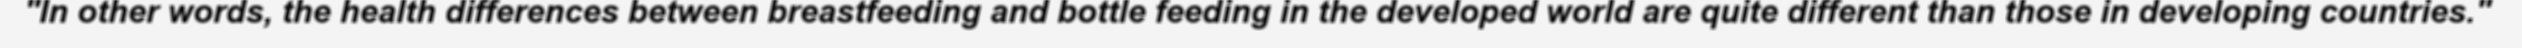
"In other words, the health differences between breastfeeding and bottle feeding in the developed world are quite different than those in developing countries."